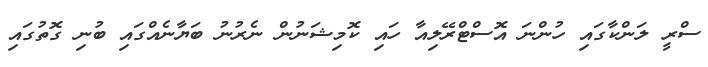
ސްރީ ލަންކާގައި ހުންނަ އޮސްޓްރޭލިއާ ހައި ކޮމިޝަނުން ނެރުނު ބަޔާނެއްގައި ބުނި ގޮތުގައި